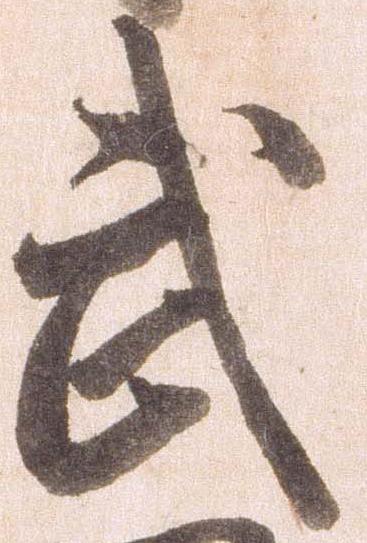
武